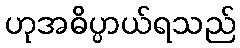
ဟုအဓိပ္ပာယ်ရသည်